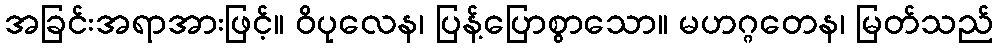
အခြင်းအရာအားဖြင့်။ ဝိပုလေန၊ ပြန့်ပြောစွာသော။ မဟဂ္ဂတေန၊ မြတ်သည်